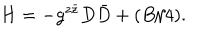
H = - g ^ { z \bar { z } } D \bar { D } + ( B / 4 ) .